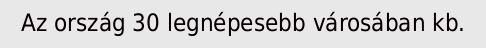
Az ország 30 legnépesebb városában kb.